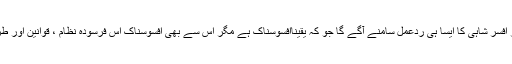
اپنے ساتھی کی گرفتاری پر افسر شاہی کا ایسا ہی ردعمل سامنے آگے گا جو کہ یقیناًافسوسناک ہے مگر اس سے بھی افسوسناک اس فرسودہ نظام ، قوانین اور طریقہ کار کا موجود رہنا ہے۔